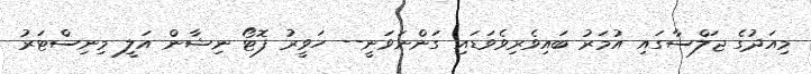
މިއަދުގެ ޖަލްސާގައި އުމަރު ބައިވެރިވެވަޑައި ގަންނަވަނީ-- ހަވީރު ފޮޓޯ ނިޝާން އަލީ މިނިސްޓަރު